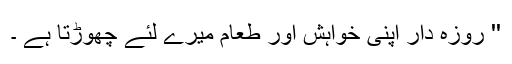
'' روزہ دار اپنی خواہش اور طعام میرے لئے چھوڑتا ہے ۔